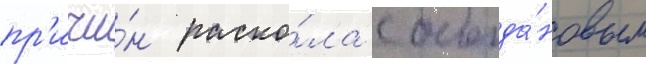
пр'ичи́н раско́ла с богда́новым